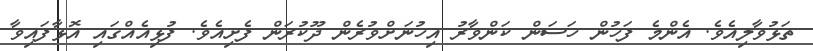
ތަޅުވާލިއެވެ. އެންމެ ފަހުން ހަސަން ކަންވާރު އިހުނަށްވުރެން ދޫކުރަން ފެށިއެވެ. ފުޅިއެއްގައި އޮޅާފައިވާ